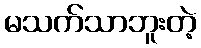
မသက်သာဘူးတဲ့